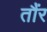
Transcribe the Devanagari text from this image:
तौंर